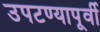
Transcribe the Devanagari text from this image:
उपटण्यापूर्वी